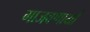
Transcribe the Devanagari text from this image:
गाजवणार्या